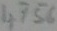
Text: 4756